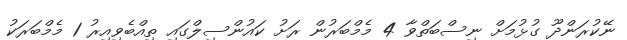
ނޭކުރަންދޫ ގުޅުުމަށް ނިސްބަތްވާ 4 މެމްބަރުން ރަށު ކައުންސިލްގައި ތިއްބެވިއިރު 1 މެމްބަރަކު